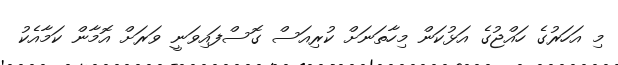
މި އަހަރުގެ ހައްޖުގެ އަޅުކަން މިހާތަނަށް ކުރިއަސް ގޮސްފައިވަނީ ވަރަށް އޮމާން ކަމާއެކު